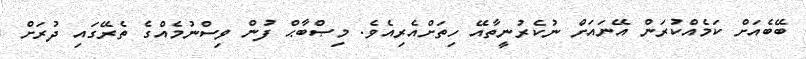
ބޭބެއަށް ކަމެއްކުރަން އޭނައަށް ނުކެރުނީތާއޭ ހިތަށްއެރިއެވެ. މިޞްބާޙް ފުން ވިސްނުމެއްގެ ތެރޭގައި ދުރަށް